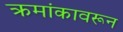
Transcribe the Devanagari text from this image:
क्रमांकावरून